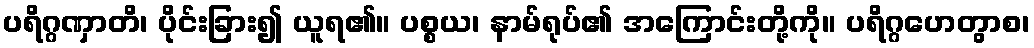
ပရိဂ္ဂဏှာတိ၊ ပိုင်းခြား၍ ယူရ၏။ ပစ္စယ၊ နာမ်ရုပ်၏ အကြောင်းတို့ကို။ ပရိဂ္ဂဟေတွာစ၊